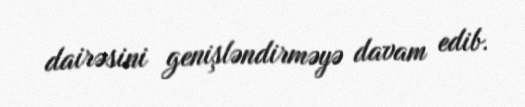
dairəsini genişləndirməyə davam edib.